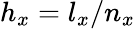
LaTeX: h_{x}=l_{x}/n_{x}